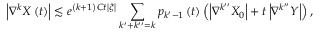
\left\vert \nabla ^ { k } X \left( t \right) \right\vert \lesssim e ^ { \left( k + 1 \right) C t \left\vert \xi \right\vert } \sum _ { k ^ { \prime } + k ^ { \prime \prime } = k } p _ { k ^ { \prime } - 1 } \left( t \right) \left( \left\vert \nabla ^ { k ^ { \prime \prime } } X _ { 0 } \right\vert + t \left\vert \nabla ^ { k ^ { \prime \prime } } Y \right\vert \right) ,